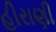
હીરાણી